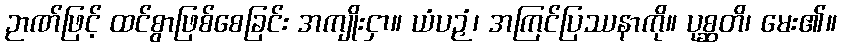
ဉာဏ်ဖြင့် ထင်စွာဖြစ်စေခြင်း အကျိုးငှာ။ ယံပဉှံ၊ အကြင်ပြဿနာကို။ ပုစ္ဆတိ၊ မေး၏။